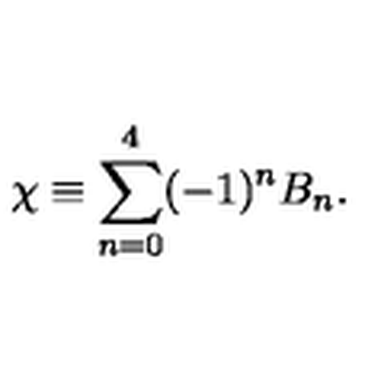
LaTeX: \chi \equiv \sum _ { n = 0 } ^ { 4 } ( - 1 ) ^ { n } B _ { n } .